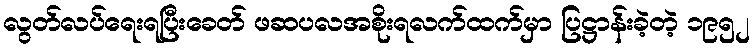
လွတ်လပ်ရေးရပြီးခေတ် ဖဆပလအစိုးရလက်ထက်မှာ ပြဋ္ဌာန်းခဲ့တဲ့ ၁၉၅၂